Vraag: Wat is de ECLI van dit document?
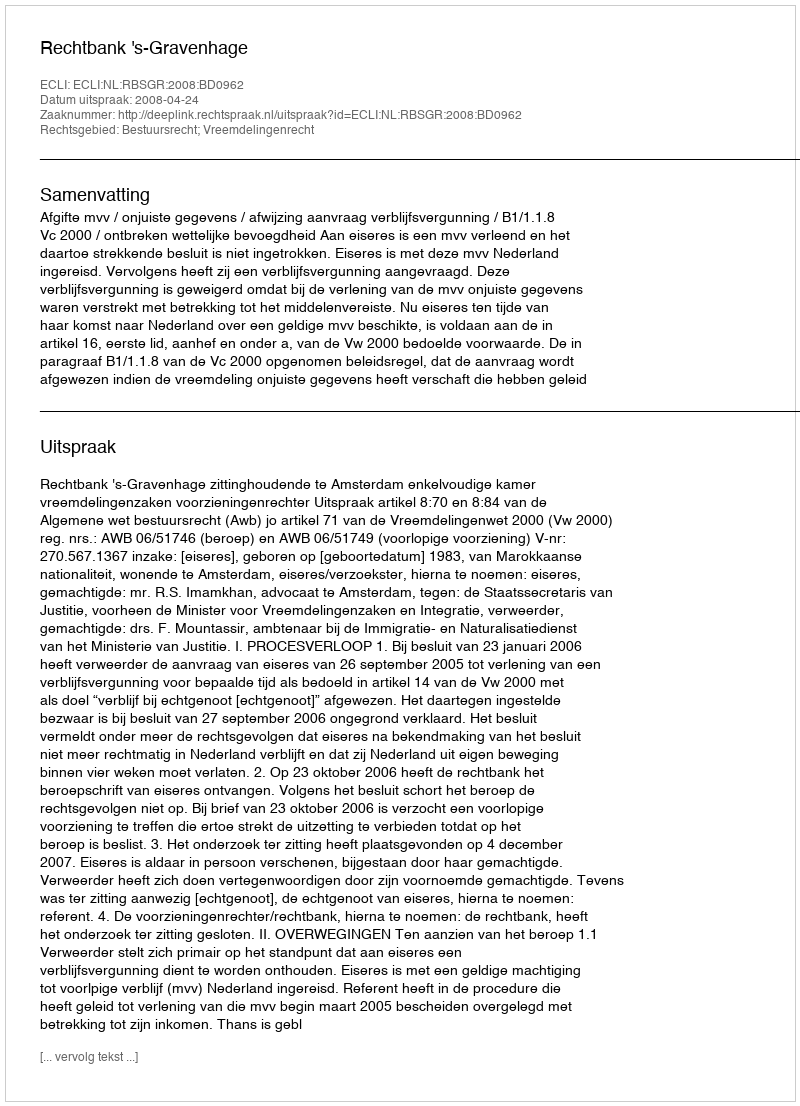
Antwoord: ECLI:NL:RBSGR:2008:BD0962